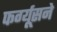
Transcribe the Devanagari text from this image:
फर्ग्यूसने